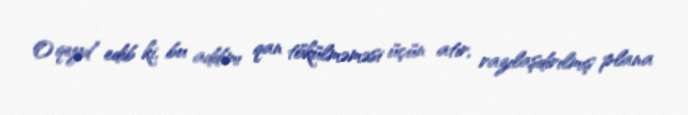
O qeyd edib ki, bu addımı qan tökülməməsi üçün atır, razılaşdırılmış plana